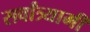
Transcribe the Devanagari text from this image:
सर्वांत्र्यामी